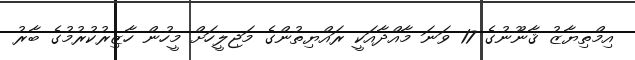
އިމްތިޔާޒު ޤާނޫނުގެ 17 ވަނަ މާއްދާއަކީ ރައްޔިތުންގެ މަޖިލީހަށް މީހުން ހާޒިރުކުރުމުގެ ބާރު